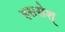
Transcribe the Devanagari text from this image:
इससेश्